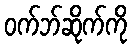
ဝက်ဘ်ဆိုက်ကို